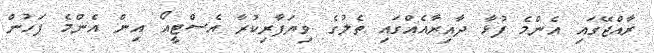
ރާއްޖޭގައި އެންމެ ފުޅާ ދާއިރާއެއްގައި ތެލުގެ ވިޔަފާރިކުރާ އެސްޓީއޯ އިން އެންމެ ފަހުން